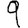
Digit: 9